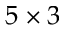
5 \times 3